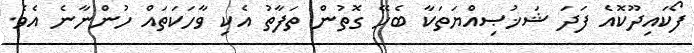
ފޯކައިދޫކޮއެ ފަދަ ޝަޚުޞިއްޔަތަކާ ބެހޭ ގޮތުން ތަފާތު އެކި ވާހަކަތައް ހުންނާނެ އެވެ.